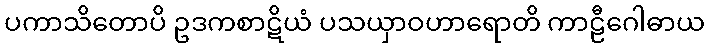
ပကာသိတောပိ ဥဒကစာဋိယံ ပသယှာဝဟာရောတိ ကာဠီဂေါဓာယ